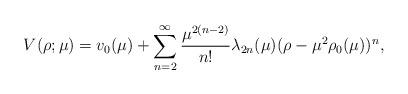
LaTeX: \begin{align*}V(\rho; \mu) = v_0(\mu) + \sum_{n=2}^{\infty}\frac{\mu^{2(n-2)}}{n!}\lambda_{2n}(\mu)(\rho-\mu^2 \rho_0(\mu))^n,\end{align*}